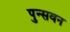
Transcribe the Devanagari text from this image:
पुन्सवन